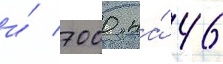
и́ 7000 на́ 46